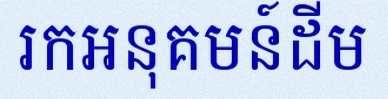
រកអនុគមន៍ដើម